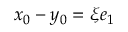
x _ { 0 } - y _ { 0 } = \xi e _ { 1 }